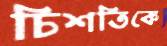
চিশতিকে